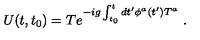
U ( t , t _ { 0 } ) = T e ^ { - i g \int _ { t _ { 0 } } ^ { t } d t ^ { \prime } \phi ^ { a } ( t ^ { \prime } ) T ^ { a } } \ .